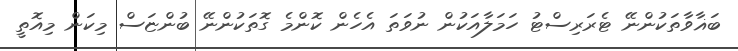
ބަޣާވާތަކުންނޭ ޓެރަރިސްޓު ހަމަލާއަކުން ނުވަތަ އެހެން ކޮންމެ ގޮތަކުންނޭ ބުންޏަސް މިކަން މިއޮތީ